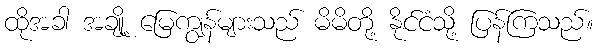
ထိုအခါ အချို့ မြေကျွန်များသည် မိမိတို့ နိုင်ငံသို့ ပြန်ကြသည်။